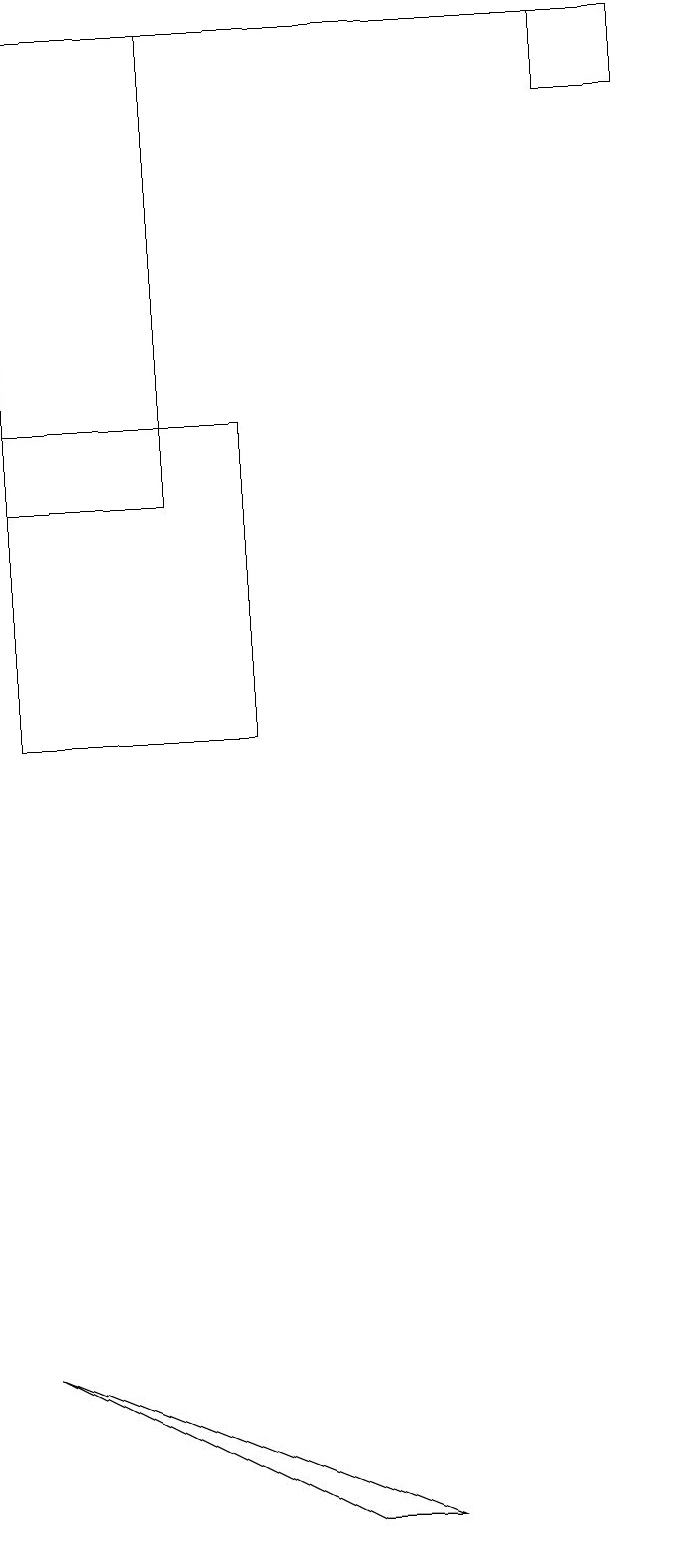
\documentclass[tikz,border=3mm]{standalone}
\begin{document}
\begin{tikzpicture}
\draw (2,19) rectangle (0,13);
\draw (7,18) rectangle (8,19);
\draw (5,0) -- (4,0) -- (0,2) -- cycle;
\draw (0,19) rectangle (7,19);
\draw (0,10) rectangle (3,14);
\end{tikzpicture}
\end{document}